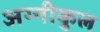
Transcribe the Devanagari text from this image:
अग्‍नीकुल